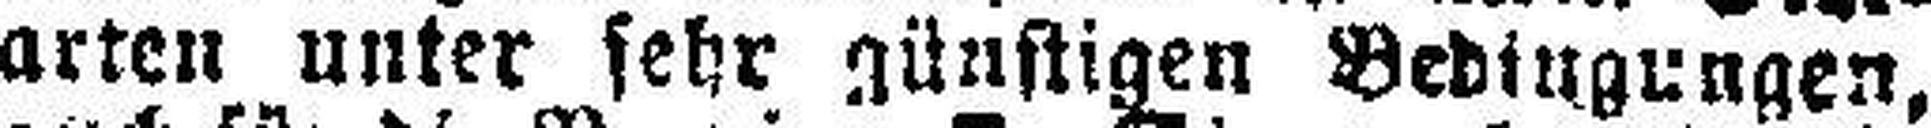
arten unter sehr günstigen Bedingungen,